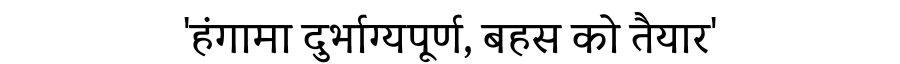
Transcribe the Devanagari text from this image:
'हंगामा दुर्भाग्यपूर्ण, बहस को तैयार'